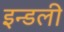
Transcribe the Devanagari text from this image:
इन्डली